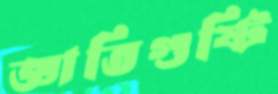
জ্ঞাতিগুষ্টি